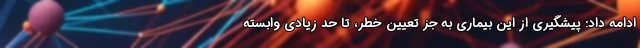
ادامه داد: پیشگیری از این بیماری به جز تعیین خطر، تا حد زیادی وابسته